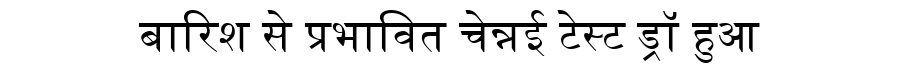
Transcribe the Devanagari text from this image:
बारिश से प्रभावित चेन्नई टेस्ट ड्रॉ हुआ